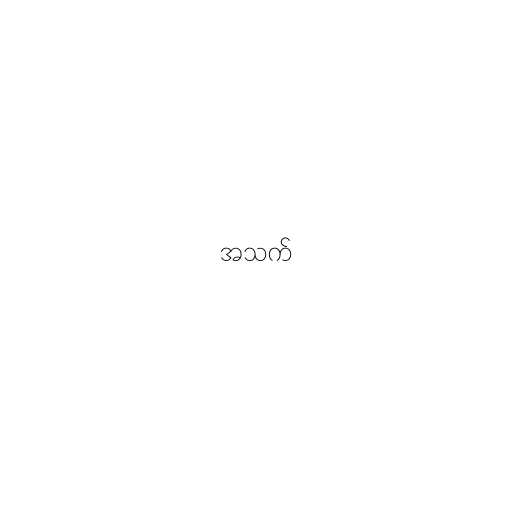
အသက်